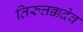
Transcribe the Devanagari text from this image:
तिरुत्तक्कदेव